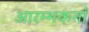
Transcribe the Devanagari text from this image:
आरम्भकर्ता